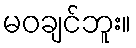
မဝချင်ဘူး။